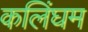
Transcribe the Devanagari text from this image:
कलिंघम